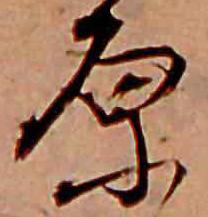
原